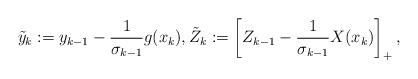
LaTeX: \begin{align*} \tilde{y}_k := y_{k-1} - \frac{1}{\sigma_{k-1}}g(x_k), \tilde{Z}_k := \left[Z_{k-1} - \frac{1}{\sigma_{k-1}}X(x_k)\right]_{+}, \end{align*}